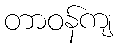
တာဝန်ကျ